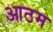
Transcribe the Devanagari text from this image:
आठम